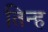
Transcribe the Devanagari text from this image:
तिन्ह